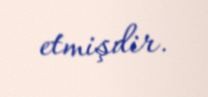
etmişdir.